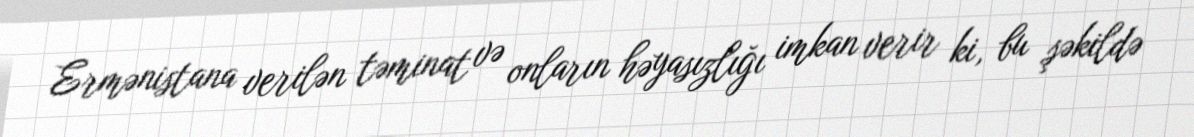
Ermənistana verilən təminat və onların həyasızlığı imkan verir ki, bu şəkildə